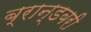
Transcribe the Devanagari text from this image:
ब्रान्डबरी